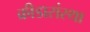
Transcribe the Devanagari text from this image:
क्रीडासंस्था